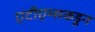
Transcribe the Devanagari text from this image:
एटीएम्सकडून